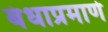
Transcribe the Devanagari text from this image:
बंधाप्रमाणे